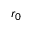
r _ { 0 }